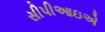
સીપીઆઇએ